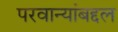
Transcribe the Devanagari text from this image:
परवान्यांबद्दल